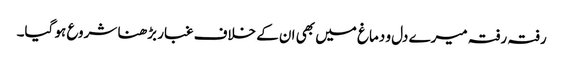
رفتہ رفتہ میرے دل و دماغ میں بھی ان کے خلاف غبار بڑھنا شروع ہو گیا۔